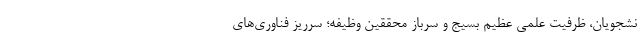
نشجویان، ظرفیت علمی عظیم بسیج و سرباز محققین وظیفه؛ سرریز فناوری‌های